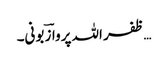
…ظفر اللہ پروازؔ بونی۔